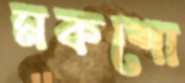
মকশো